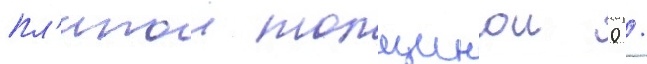
пл'итои толщинои 0 /